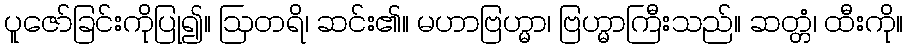
ပူဇော်ခြင်းကိုပြု၍။ ဩတရိ၊ ဆင်း၏။ မဟာဗြဟ္မာ၊ ဗြဟ္မာကြီးသည်။ ဆတ္တံ၊ ထီးကို။